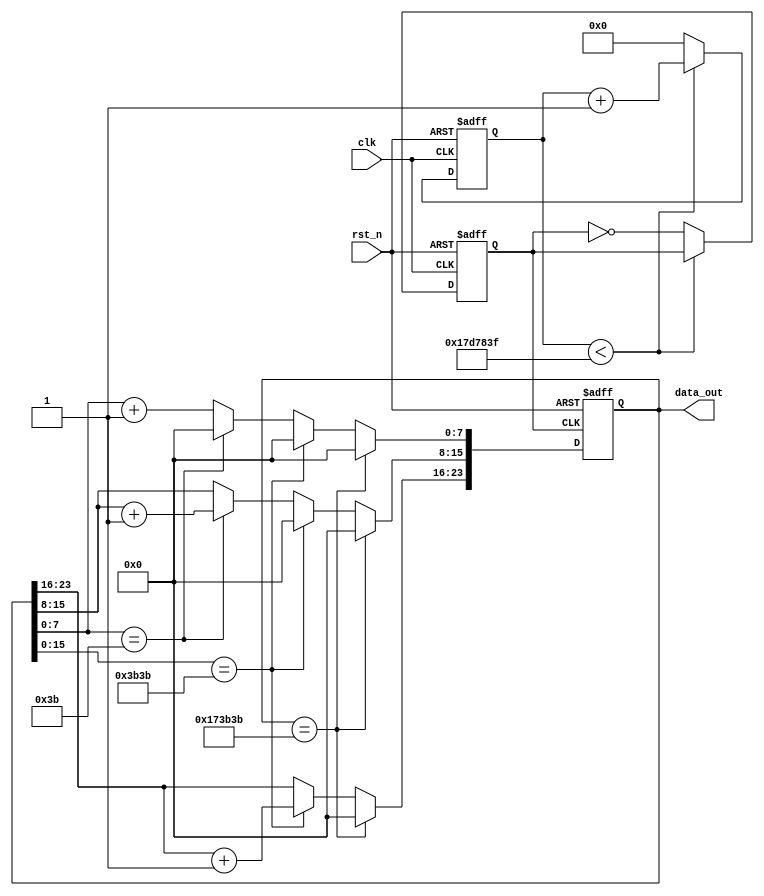
//
module clock_control(clk, rst_n, data_out);

	input clk;									//50MHZ
	input rst_n;								//
	
	output reg [23:0] data_out;					//24
	
	//1HZ1s
	reg [31:0] cnt;							//
	reg clk_1hz;								//
	
	parameter cnt_num = 50_000_000 / 1 / 2 - 1;		//0.5s
	
	always @ (posedge clk or negedge rst_n)
	begin
		if(!rst_n)
			begin
				cnt <= 32'd0;						//
				clk_1hz <= 1'b0;					//0
			end	
		else	
			begin	
				if(cnt < cnt_num)					//0.5s
					begin	
						cnt <= cnt + 1;			//1
					end	
				else									//0.5s
					begin	
						cnt <= 32'd0;				//
						clk_1hz <= ~clk_1hz;		//1s
					end
			end	
	end
	
	//
	always @ (posedge clk_1hz or negedge rst_n)
	begin
		if(!rst_n)
			begin
				data_out <= 24'h101400;				//00:00:00
			end
		else
			begin
				if(data_out == 24'h173B3B)					//23:59:59
					data_out <= 24'h0;
				else if(data_out[15:0] == 16'h3B3B)		//xx:59:59
					begin
						data_out[23:16] <= data_out[23:16] + 8'd1;		//+1
						data_out[15:0] <= 16'h0;								//
					end
				else if(data_out[7:0] == 8'h3B)			//xx:xx:59
					begin
						data_out[15:8] <= data_out[15:8] + 8'd1;			//+1
						data_out[7:0] <= 8'h0;									//
					end
				else												//xx:xx:00 - xx:xx:59
					data_out[7:0] <= data_out[7:0] + 8'd1;					//+1
			end
	end
	
endmodule